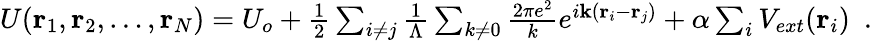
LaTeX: \begin{array}{r}{U({\mathbf r}_{1},{\mathbf r}_{2},\ldots,{\mathbf r}_{N})=U_{o}+\frac{1}{2}\sum_{i\neq j}\frac{1}{\Lambda}\sum_{k\neq 0}\frac{2\pi e^{2}}{k}e^{i{\mathbf k}({\mathbf r}_{i}-{\mathbf r}_{j})}+\alpha\sum_{i}V_{ext}({\mathbf r}_{i})~~.}\end{array}